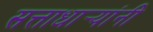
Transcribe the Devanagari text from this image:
सत्ताधार्‍यांनी